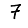
Digit: 7